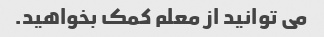
می توانید از معلم کمک بخواهید.